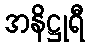
အနိဋ္ဌုရီ